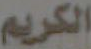
الكريم